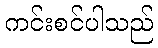
ကင်းစင်ပါသည်